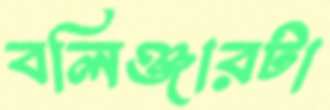
বলিঞ্জারটা